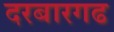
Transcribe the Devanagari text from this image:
दरबारगढ